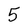
Character: 5